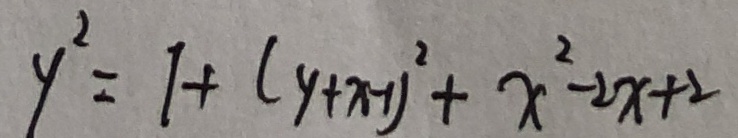
y ^ { 2 } = 1 + ( y + x - 1 ) ^ { 2 } + x ^ { 2 } - 2 x + 2